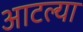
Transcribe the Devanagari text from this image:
आटल्या